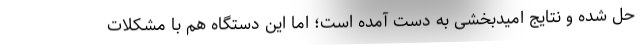
حل شده و نتایج امیدبخشی به دست آمده‌ است؛ اما این دستگاه هم با مشکلات